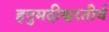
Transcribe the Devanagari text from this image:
हनुमदीश्वरतीर्थ